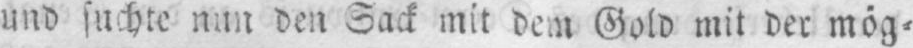
und suchte nun den Sack mit dem Gold mit der mög⸗